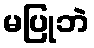
မပြုဘဲ